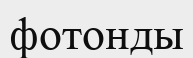
фотонды